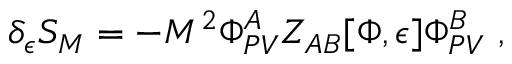
\delta _ { \epsilon } S _ { M } = - M ^ { 2 } \Phi _ { P V } ^ { A } Z _ { A B } [ \Phi , \epsilon ] \Phi _ { P V } ^ { B } \ ,